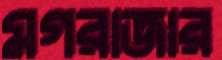
মগরাজার